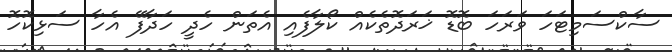
ސާކްސަމިޓަހަ ވަރަހަ ބޮޑޮ ޚަރަދޮތެކެއް ކޯލާފެއި އެތަން ހެދީ ހަދާފޭ އެހާ ސަޅިކޮހޮ